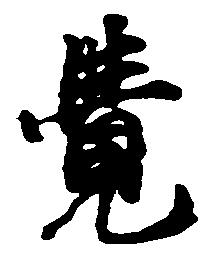
覚